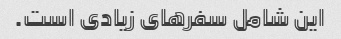
این شامل سفرهای زیادی است.